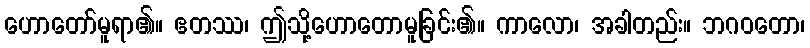
ဟောတော်မူရာ၏။ ဧတဿ၊ ဤသို့ဟောတောမူခြင်း၏။ ကာလော၊ အခါတည်း။ ဘဂဝတော၊